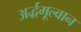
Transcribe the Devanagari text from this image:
अर्द्धमूल्वान